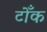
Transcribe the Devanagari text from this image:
टोँक